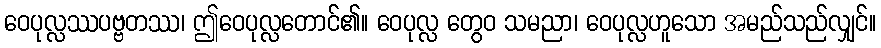
ဝေပုလ္လဿပဗ္ဗတဿ၊ ဤဝေပုလ္လတောင်၏။ ဝေပုလ္လ တွေဝ သမညာ၊ ဝေပုလ္လဟူသော အမည်သည်လျှင်။